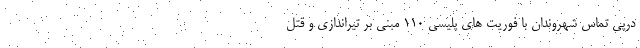
درپی تماس شهروندان با فوریت های پلیسی ۱۱۰ مبنی بر تیراندازی و قتل